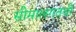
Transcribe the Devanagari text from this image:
सीमालगतची